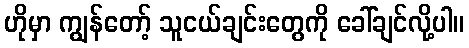
ဟိုမှာ ကျွန်တော့် သူငယ်ချင်းတွေကို ခေါ်ချင်လို့ပါ။